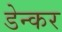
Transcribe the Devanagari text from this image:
डेन्कर